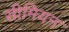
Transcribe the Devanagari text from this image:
सीमियन